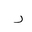
Letter: _ra